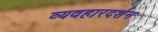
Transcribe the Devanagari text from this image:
व्यवहारदर्शन